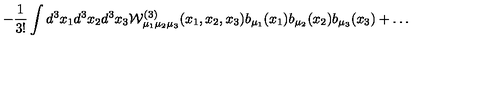
\, - \frac { 1 } { 3 ! } \int d ^ { 3 } x _ { 1 } d ^ { 3 } x _ { 2 } d ^ { 3 } x _ { 3 } { \mathcal W } _ { \mu _ { 1 } \mu _ { 2 } \mu _ { 3 } } ^ { ( 3 ) } ( x _ { 1 } , x _ { 2 } , x _ { 3 } ) b _ { \mu _ { 1 } } ( x _ { 1 } ) b _ { \mu _ { 2 } } ( x _ { 2 } ) b _ { \mu _ { 3 } } ( x _ { 3 } ) + \ldots